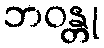
ဘဝန္တု